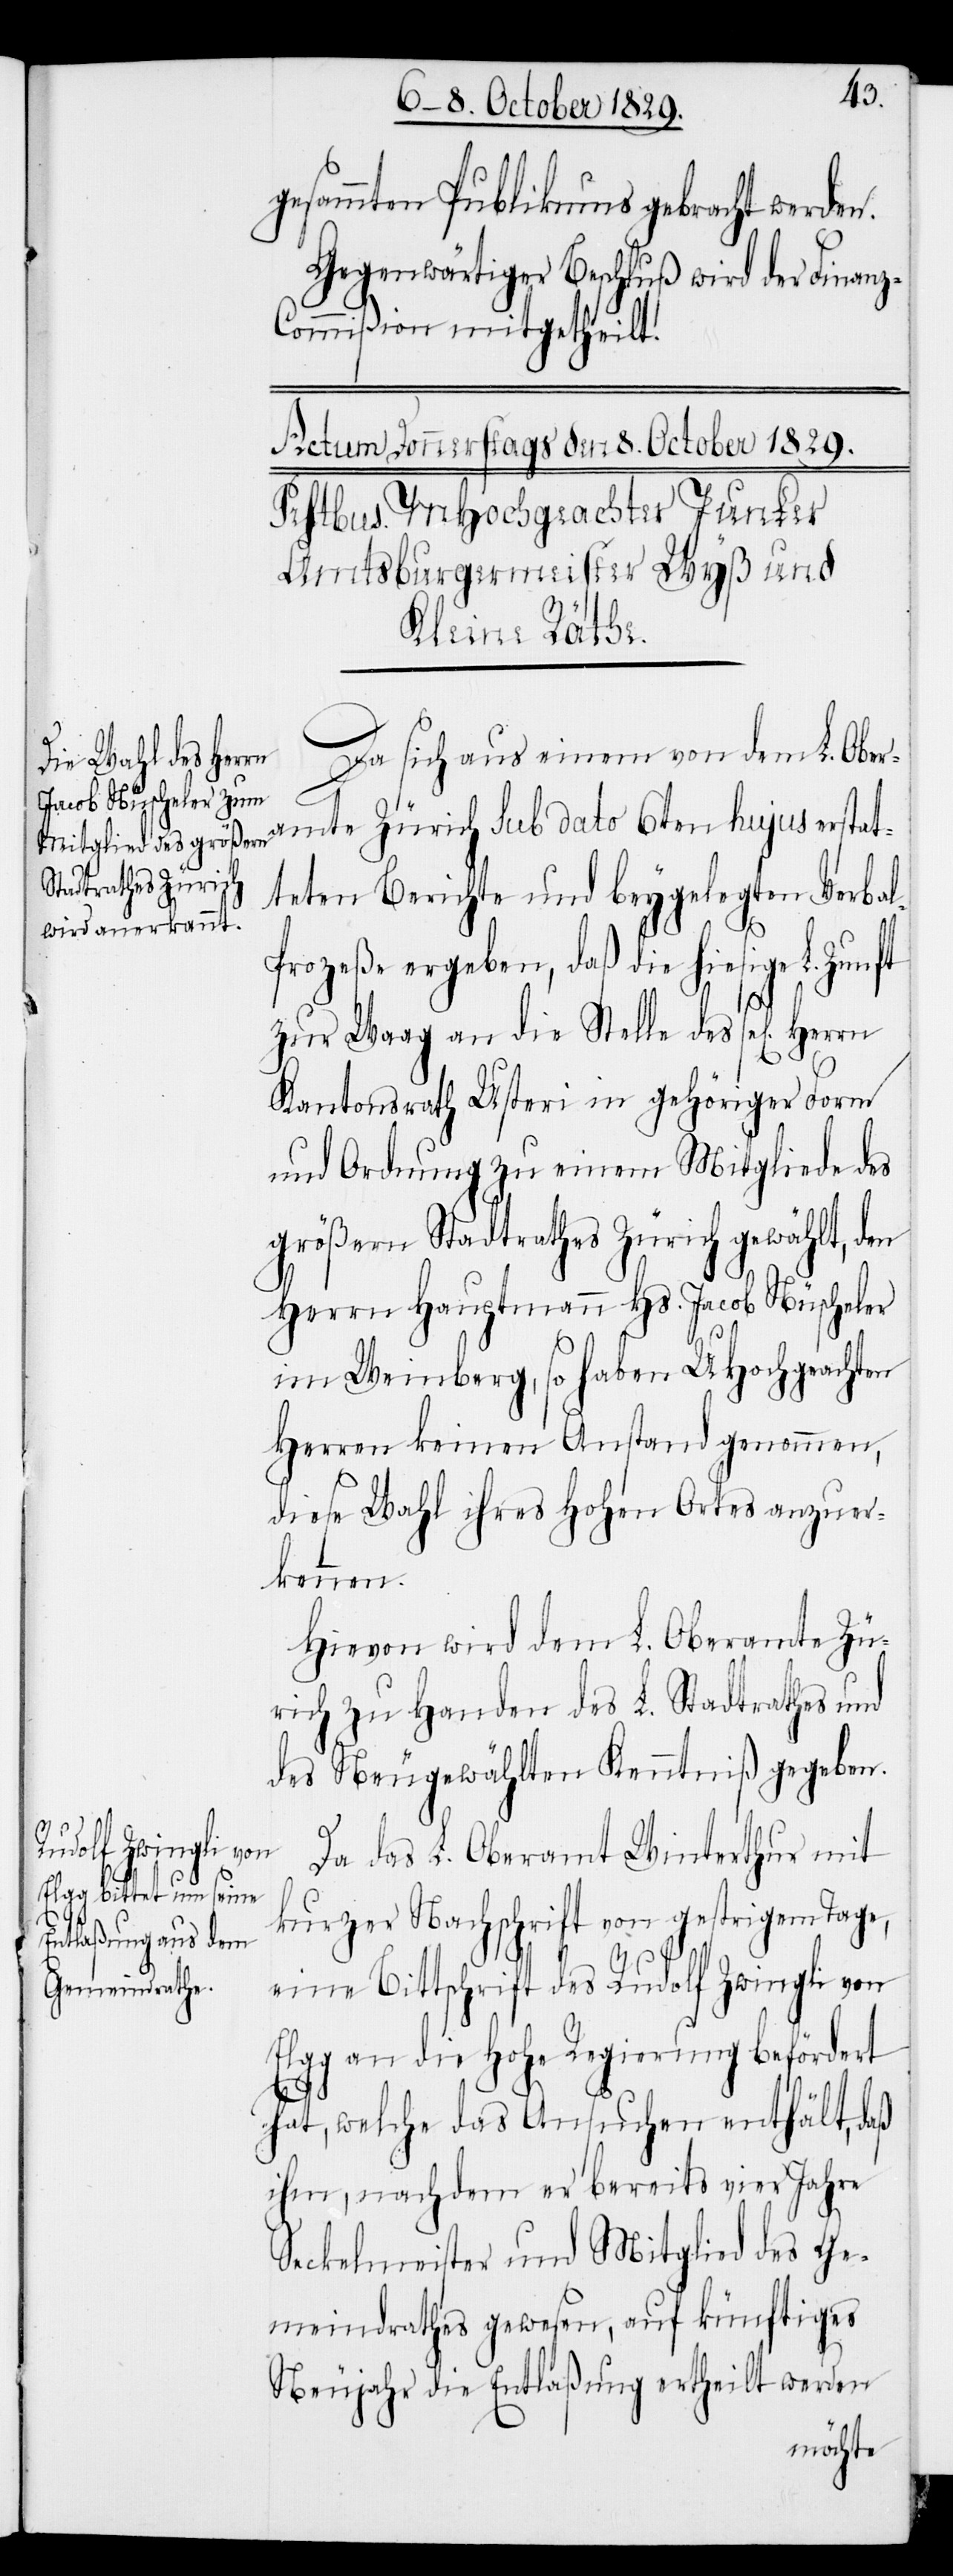
gesammten Publikums gebracht werden.
Gegenwärtiger Beschluß wird der Finan¬
z-Commißion mitgetheilt.
Da sich aus einem von dem L. Ober¬
amte Zürich sub dato 6ten hujus erstat¬
teten Berichte und beygelegten Verba¬
l-Prozeße ergeben, daß die hiesige L. Zunft
zur Waag an die Stelle des sel[igen]
Kantonsrath Usteri in gehöriger Form
und Ordnung zu einem Mitgliede des
größern Stadtrathes Zürich gewählt, den
Herrn Hauptmann Hs. Jacob Nüscheler
im Weinberg, so haben UHochgeachten
Herren keinen Anstand genommen,
diese Wahl ihres Hohen Ortes anzuer¬
kennen.
Hievon wird dem L. Oberamte Zü¬
rich zu Handen des L. Stadtrathes und
des Neugewählten Kenntniß gegeben.
Da das L. Oberamt Winterthur mit
kurzer Nachschrift von gestrigem Tage,
eine Bittschrift des Rudolf Zwingli von
Elgg an die Hohe Regierung befördert
hat, welche das Ansuchen enthält, daß
ihm, nachdem er bereits vier Jahre
Seckelmeister und Mitglied des Ge¬
meindrathes gewesen, auf künftiges
Neujahr die Entlaßung ertheilt werden